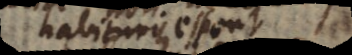
habituri essent,